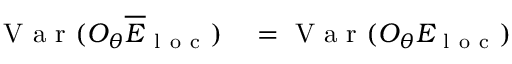
\begin{array} { r l } { \mathrm { ~ V ~ a ~ r ~ } ( O _ { \theta } \overline { { E } } _ { \mathrm { ~ l ~ o ~ c ~ } } ) } & { { } = \mathrm { ~ V ~ a ~ r ~ } ( O _ { \theta } E _ { \mathrm { ~ l ~ o ~ c ~ } } ) } \end{array}